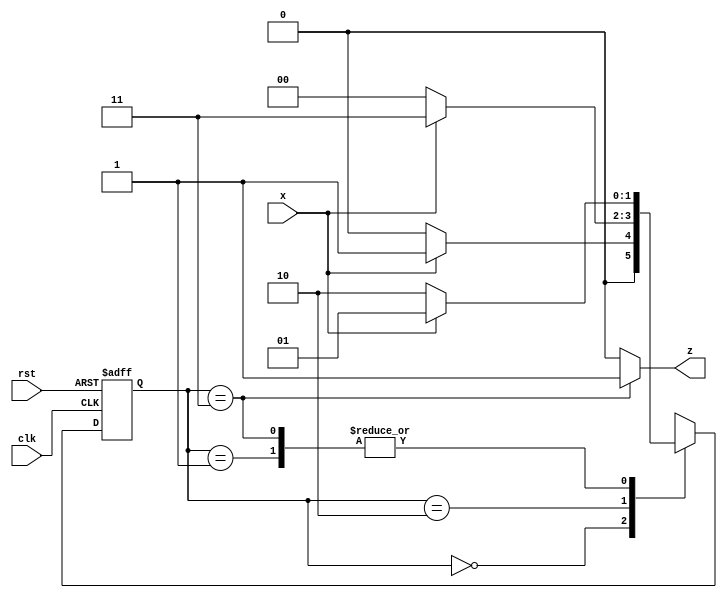
//---------------------------------------------------
// Sequence detector FSM 
// Moore Finite State Machine.
// Overlapping sequence = '101'
//---------------------------------------------------

module moore_seq_detect (input x, 
                         input clk, 
                         input rst,  
                         output reg z);

//States are binary encoded 
parameter s0 = 2'b00, s1 = 2'b01, s2 = 2'b10, s3 = 2'b11;

  reg[1:0] current_state, next_state;   //state reg
  

    // Sequential logic

    always @(posedge clk or negedge rst)
    begin
      if(!rst)
         current_state <= s0;   // non- blocking procedural assignment
         else
         current_state <= next_state;
    end

    // Combinational Next state logic
   always@(*)
    begin
      case (current_state)
      s0 : begin
            if (x == 1)
                next_state = s1;  // blocking procedural assignment
                else
                next_state = s0;
            end
      s1 : begin
            if (x == 1)
                next_state = s1;
                else
                next_state = s2;
            end
      s2 : begin
            if (x == 1)
                next_state = s3;
                else
                next_state = s0;
            end
      s3 : begin
            if (x == 1)
                next_state = s1;
                else
                next_state = s2;
            end  
        default: next_state = s0;
      endcase  // current state
    end
   // outputlogic
    always@(*)
       if (current_state == s3)
           z = 1;         
       else
           z = 0;     
endmodule // moore_seq_detect